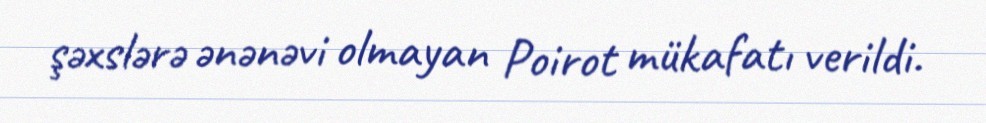
şəxslərə ənənəvi olmayan Poirot mükafatı verildi.